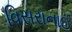
વિસરાનાઈ